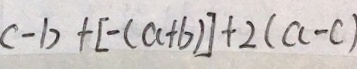
c - b + [ - ( a + b ) ] + 2 ( a - c )